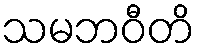
သမဘဝီတိ